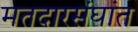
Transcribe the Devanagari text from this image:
मतदारसंघांत